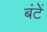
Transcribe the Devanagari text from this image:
बंटें